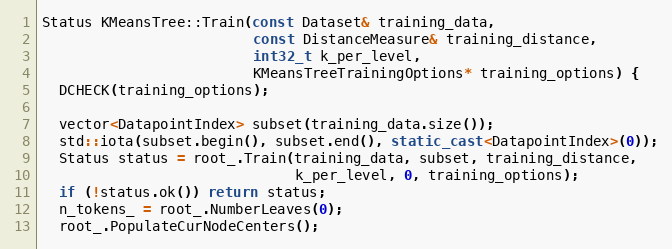
Language: C++
Status KMeansTree::Train(const Dataset& training_data,
                         const DistanceMeasure& training_distance,
                         int32_t k_per_level,
                         KMeansTreeTrainingOptions* training_options) {
  DCHECK(training_options);

  vector<DatapointIndex> subset(training_data.size());
  std::iota(subset.begin(), subset.end(), static_cast<DatapointIndex>(0));
  Status status = root_.Train(training_data, subset, training_distance,
                              k_per_level, 0, training_options);
  if (!status.ok()) return status;
  n_tokens_ = root_.NumberLeaves(0);
  root_.PopulateCurNodeCenters();